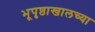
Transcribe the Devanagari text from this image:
भूपृष्ठाखालच्या